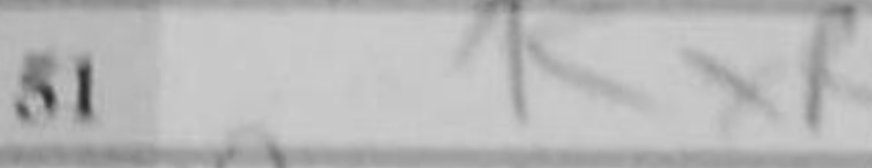
Transcription: KxR